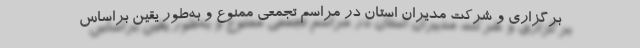
برگزاری و شرکت مدیران استان در مراسم تجمعی ممنوع و به‌طور یقین براساس